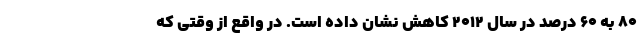
۸۰ به ۶۰ درصد در سال ۲۰۱۲ کاهش نشان داده است. در واقع از وقتی‌ که